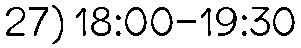
27) 18:00-19:30